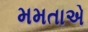
મમતાએ